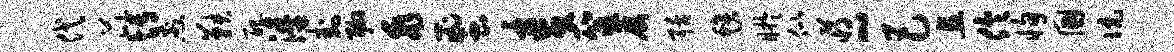
代芘博煎鞅配涛卦聊乖蜜麦筮屡聒毡盱似蒋~巴且伶恂国伉